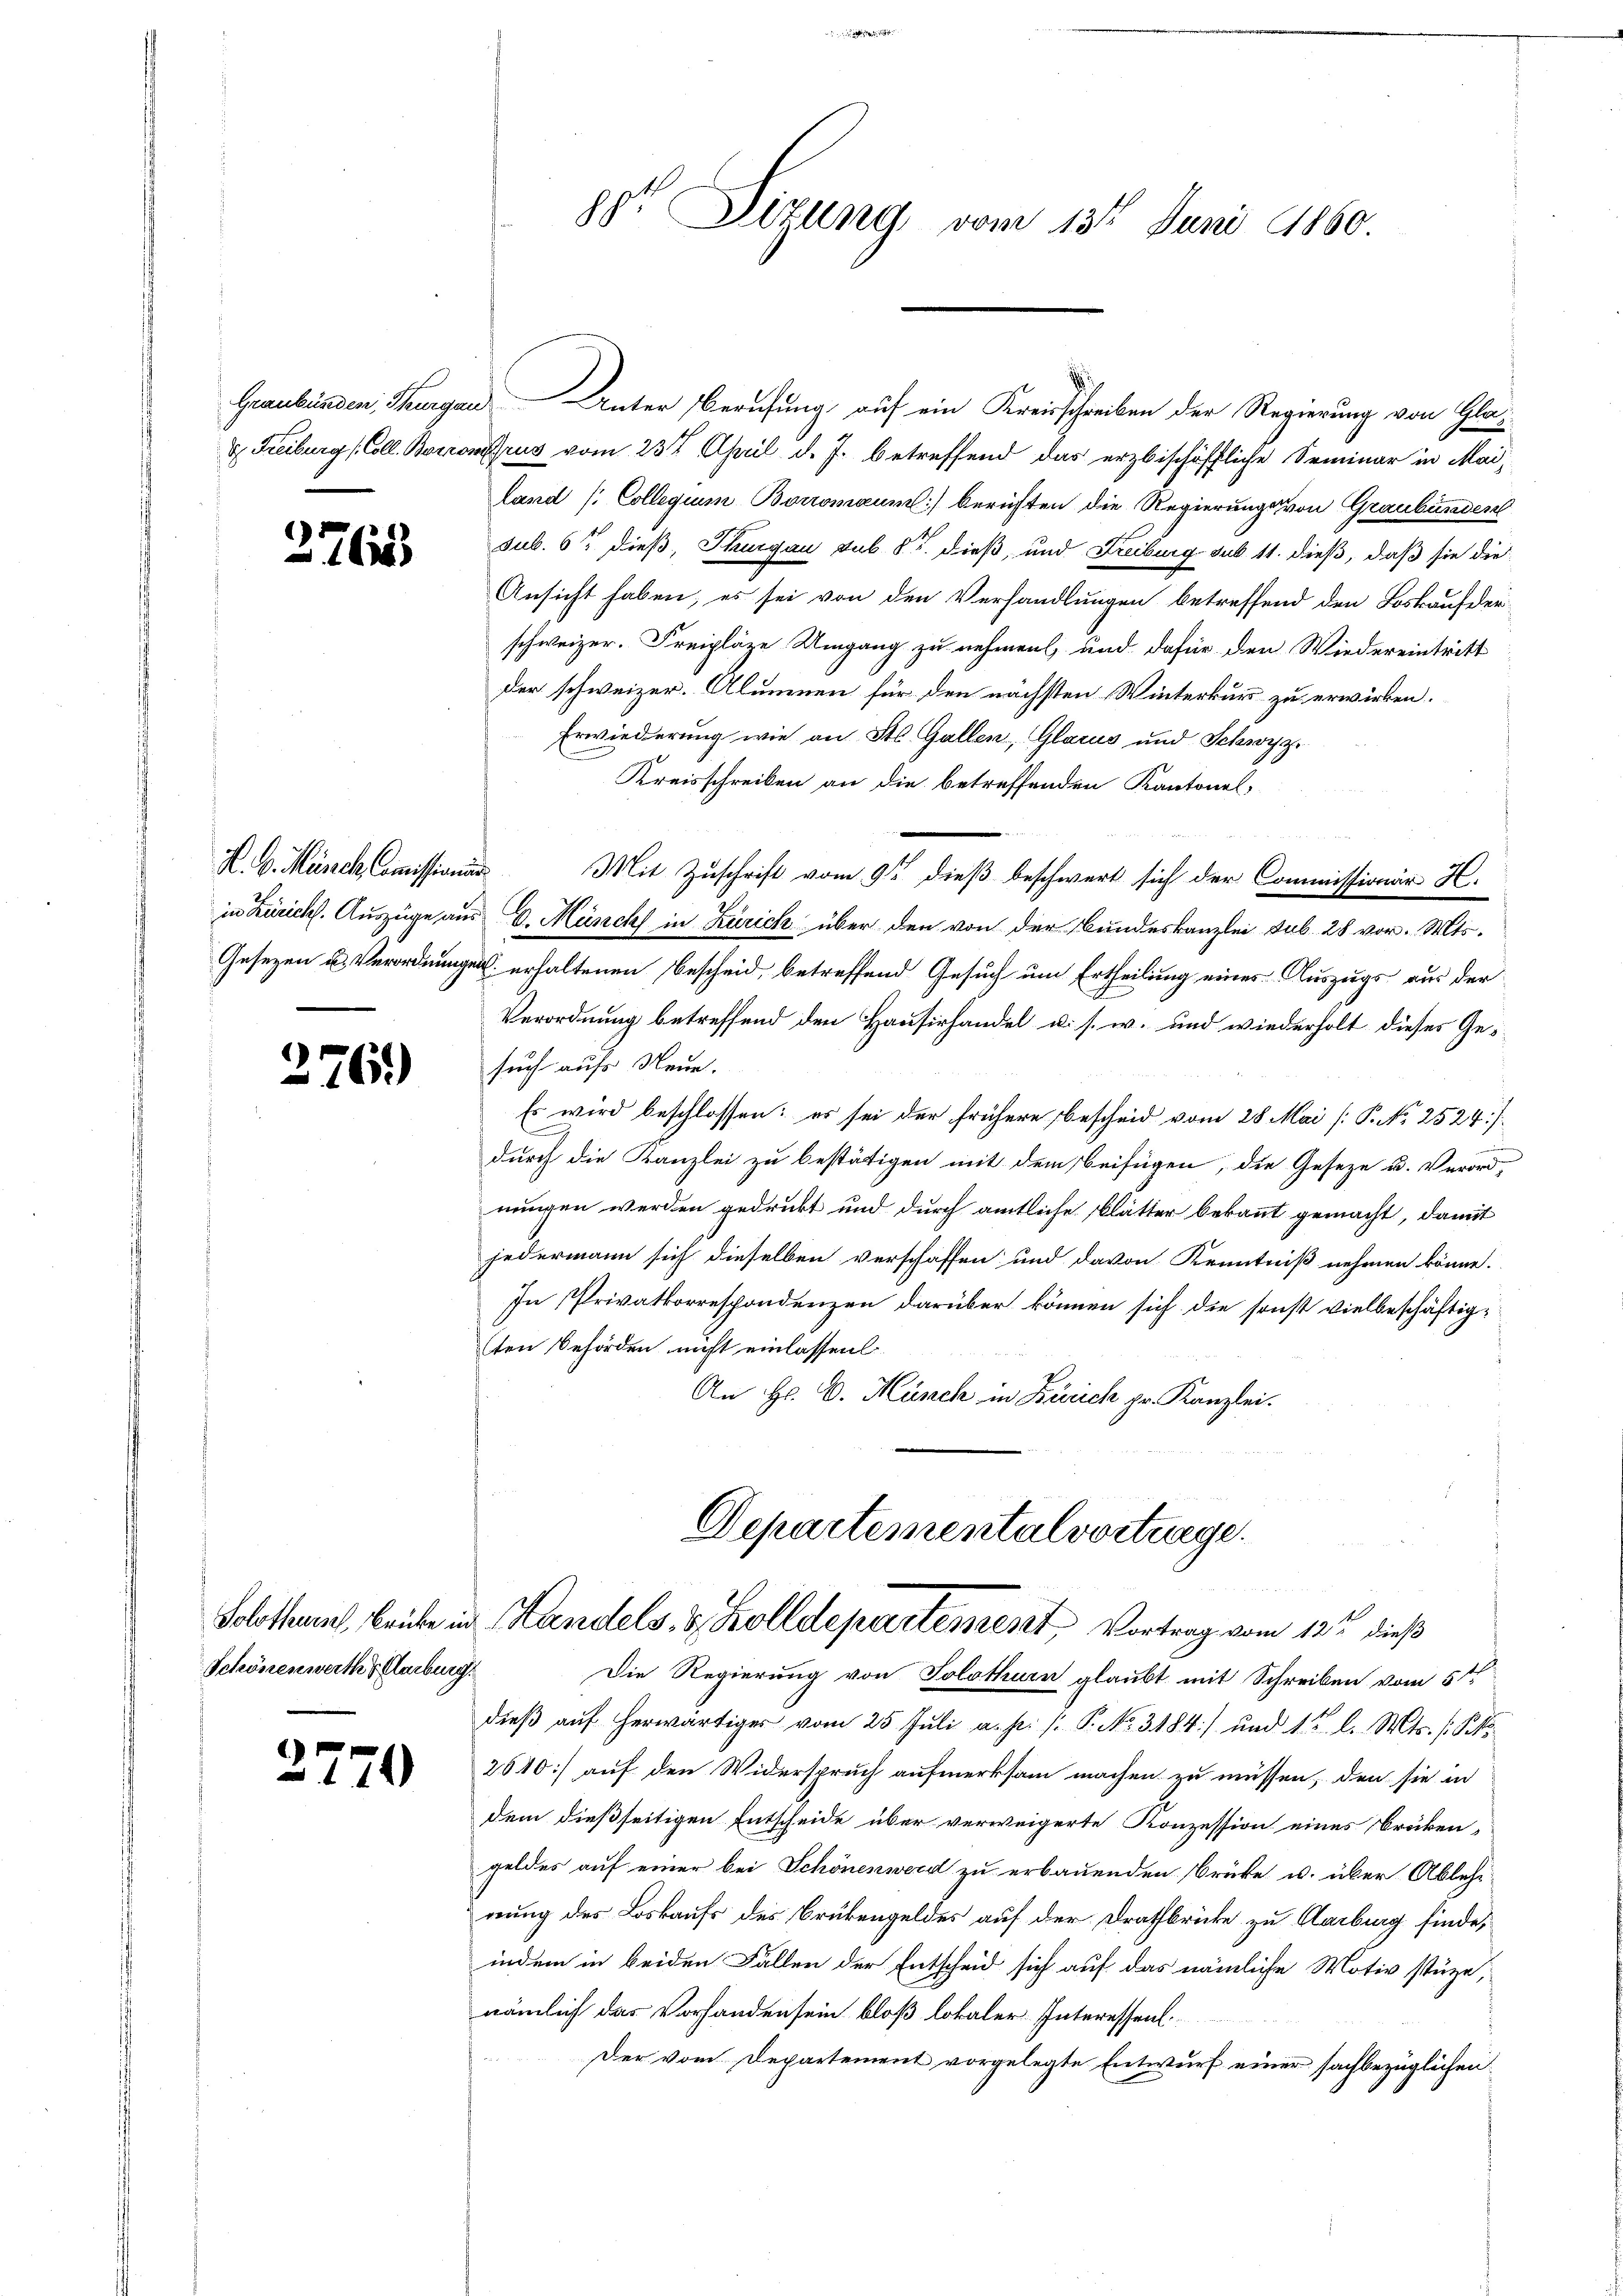
2765

2

76.)

Schönenwerth   Amburg.

2770

Graubünden, Thurgau Unter Berufung auf ein Kreisschreiben der Regierung von Gla¬
& Freiburg (Coll. Borronrus vom 23t April d. J. betreffend das erzbischöffliche Seminar in Mailand (Collegium Boromaum) berichten die Regierungs von Graubünden
sub. 6 dieß, Thurgau sub 8t. dieß, und Freiburg sub 11. dieß, daß sie die
Ansicht haben, es sei von den Verhandlungen betreffend den Loskaufder
schweizer. Freipläze Umgang zu nehmen, und dafür den Wiedereintritt
der schweizer. Alumnen für den nächsten Winterkur zu erwirken.
Erwiederung wie an St. Gallen, Glarus und Schwyz
Kreisschreiben an die betreffenden Kantonal-
K. G. Münch Commissionen Mit Zuschrift vom 9ten dieß beschwert sich der Commissionär H.
in Zürich. Auszüge aus v. Münch in Zürich über den von der Bundeskanzlei sub. 28 vor. Mts.
Gesezen u. Verordnungen erhaltenen Bescheid betreffend Gesuch um Ertheilung eines Auszugs aus der
Verordnung betreffend den Hausirhandel u. s. w. und wiederholt dieses Ges
such aufs Neue.
Es wird beschlossen: er sei der frühere bescheid vom 28 Mai /: P. No 2524/
.
durch die Kanzlei zu bestätigen mit dem Beifügen, die Geseze u. Verord-
nungen werden gedrukt und durch amtliche Blätter bekannt gemacht, damit
jedermann sich dieselben verschaffen und davon Kenntniß nehmen könne.
In Privatkorrespondenzen darüber können sich die sonst vielbeschäftigten Behörden nicht einlassen.
An Hr. C. Münch in Zürich pr. Kanzlei.

per Situng vom 13t Juni 1860.

Departementalvortrage.
Solothurn, beibe in Handels- & Zolldepartement, Vortrag vom 12ten dieß

Die Regierung von Solothurn glaubt mit Schreiben vom 5ten
dieβ aŭf herwärtiger vom 25. Juli a. p. /: P. No. 3184) und 12 l. Mts. (S.
2640] auf den Widerspruch aufmerksam machen zu müssen, den sie in
dem dießseitigen Entscheide über verweigerte Konzession eines Brücken-
geldes auf einer bei Schönenwerd zu erbauenden Brüke u. über Ablehr
nung des Loskaufs des Brükengeldes auf der Draffbricke zu Karburg finde,
indem in beiden Fällen der Entscheid sich auf das nämliche Motiv stüze,
nämlich das Vorhanden sein bloß lokaler Interessen
Der vom Departement vorgelegte Entwurf einer sachbezüglichen